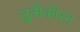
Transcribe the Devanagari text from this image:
तूतीकोरन